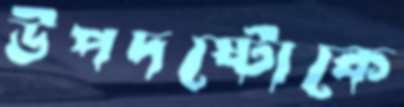
উপদষ্টোকে